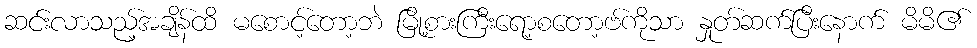
ဆင်းလာသည့်အချိန်ထိ မစောင့်တော့ဘဲ မြို့စားကြီးရော့စတော့ဗ်ကိုသာ နှုတ်ဆက်ပြီးနောက် မိမိ၏